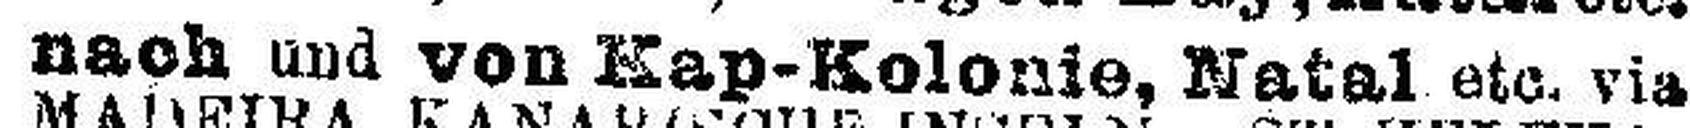
und von Kap-Kolonie, Natal etc. via